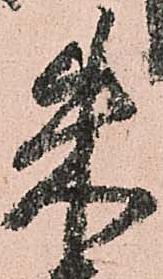
朱